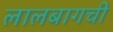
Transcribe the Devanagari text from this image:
लालबागची